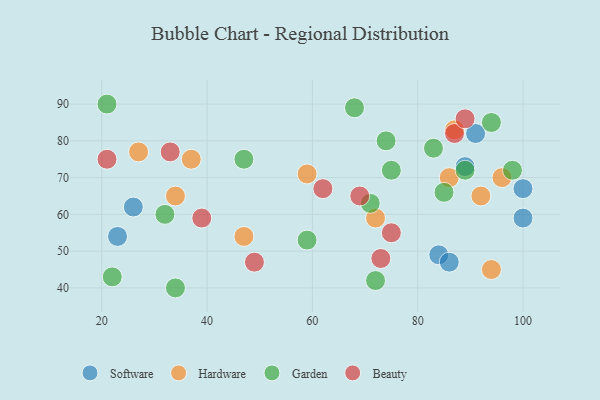
{"axis": {"x": "GDP", "y": "Life Expectancy"}, "legend": ["Beauty", "Garden", "Hardware", "Software"], "data": [{"x": "84", "y": 49, "type": "Software"}, {"x": "100", "y": 67, "type": "Software"}, {"x": "89", "y": 73, "type": "Software"}, {"x": "26", "y": 62, "type": "Software"}, {"x": "86", "y": 47, "type": "Software"}, {"x": "100", "y": 59, "type": "Software"}, {"x": "23", "y": 54, "type": "Software"}, {"x": "91", "y": 82, "type": "Software"}, {"x": "96", "y": 70, "type": "Hardware"}, {"x": "94", "y": 45, "type": "Hardware"}, {"x": "72", "y": 59, "type": "Hardware"}, {"x": "59", "y": 71, "type": "Hardware"}, {"x": "37", "y": 75, "type": "Hardware"}, {"x": "86", "y": 70, "type": "Hardware"}, {"x": "87", "y": 83, "type": "Hardware"}, {"x": "27", "y": 77, "type": "Hardware"}, {"x": "47", "y": 54, "type": "Hardware"}, {"x": "34", "y": 65, "type": "Hardware"}, {"x": "92", "y": 65, "type": "Hardware"}, {"x": "83", "y": 78, "type": "Garden"}, {"x": "22", "y": 43, "type": "Garden"}, {"x": "32", "y": 60, "type": "Garden"}, {"x": "34", "y": 40, "type": "Garden"}, {"x": "89", "y": 72, "type": "Garden"}, {"x": "71", "y": 63, "type": "Garden"}, {"x": "94", "y": 85, "type": "Garden"}, {"x": "21", "y": 90, "type": "Garden"}, {"x": "75", "y": 72, "type": "Garden"}, {"x": "47", "y": 75, "type": "Garden"}, {"x": "98", "y": 72, "type": "Garden"}, {"x": "74", "y": 80, "type": "Garden"}, {"x": "72", "y": 42, "type": "Garden"}, {"x": "68", "y": 89, "type": "Garden"}, {"x": "59", "y": 53, "type": "Garden"}, {"x": "85", "y": 66, "type": "Garden"}, {"x": "87", "y": 82, "type": "Beauty"}, {"x": "89", "y": 86, "type": "Beauty"}, {"x": "62", "y": 67, "type": "Beauty"}, {"x": "21", "y": 75, "type": "Beauty"}, {"x": "75", "y": 55, "type": "Beauty"}, {"x": "33", "y": 77, "type": "Beauty"}, {"x": "49", "y": 47, "type": "Beauty"}, {"x": "73", "y": 48, "type": "Beauty"}, {"x": "69", "y": 65, "type": "Beauty"}, {"x": "39", "y": 59, "type": "Beauty"}]}